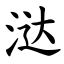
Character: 㳠